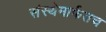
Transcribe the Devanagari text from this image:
संस्थेमार्फतच